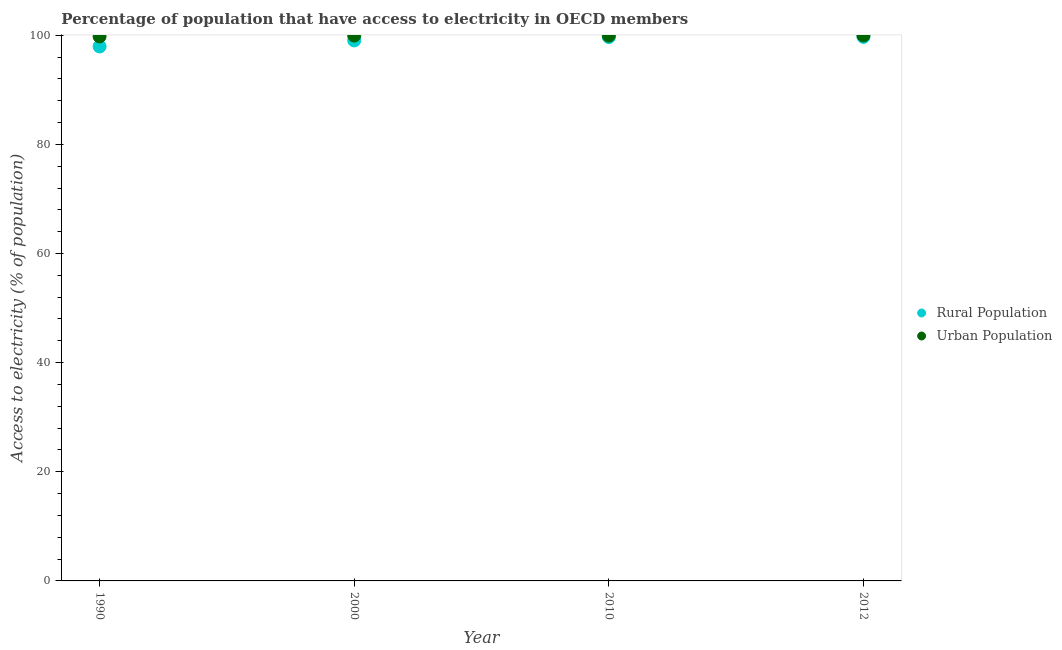
| Year | Rural Population | Urban Population |
 | --- | --- | --- |
 | 1990 | 97.9 | 99.8 |
 | 2000 | 99 | 99.9 |
 | 2010 | 99.7 | 99.9 |
 | 2012 | 99.7 | 100 |